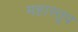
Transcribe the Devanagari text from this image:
महास्तूप